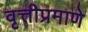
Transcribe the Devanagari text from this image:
वृत्तीप्रमाणे